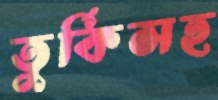
তুর্কিসহ